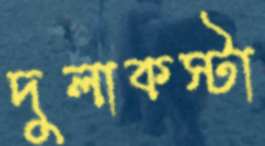
দুলাকস্টা